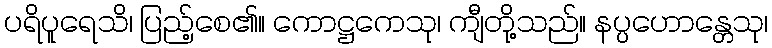
ပရိပူရေသိ၊ ပြည့်စေ၏။ ကောဋ္ဌကေသု၊ ကျီတို့သည်။ နပ္ပဟောန္တေသု၊